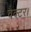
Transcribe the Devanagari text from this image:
वैक्टर।